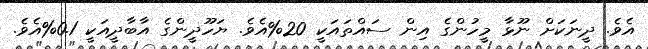
އެވެ. ދީނަކަށް ނޫޅާ މީހުންގެ އިން ސައްތައަކީ 20%އެވެ. ޔަހޫދީންގެ އާބާދީއަކީ 0.1%އެވެ.